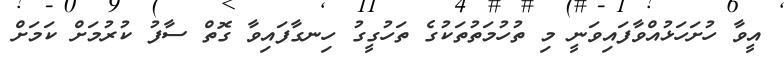
އީވާ ހުށަހަޅުއްވާފައިވަނީ މި ތުހުމަތުތަކުގެ ތަހުގީގު ހިނގާފައިވާ ގޮތް ސާފު ކުރުމަށް ކަމަށް